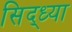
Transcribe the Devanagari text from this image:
सिद्ध्या